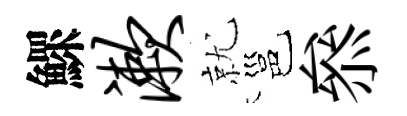
鰥漱就邕叅